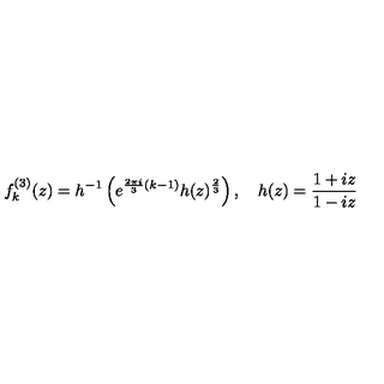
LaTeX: f _ { k } ^ { ( 3 ) } ( z ) = h ^ { - 1 } \left( e ^ { \frac { 2 \pi i } { 3 } ( k - 1 ) } h ( z ) ^ { \frac { 2 } { 3 } } \right) , \quad h ( z ) = \frac { 1 + i z } { 1 - i z }